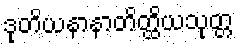
ဒုတိယနာနာတိတ္ထိယသုတ္တ